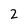
Character: 2